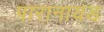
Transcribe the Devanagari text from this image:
पारानायड